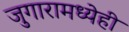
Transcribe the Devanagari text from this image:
जुगारामध्येही